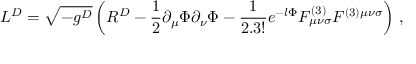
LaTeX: { \cal L } ^ { D } = \sqrt { - g ^ { D } } \left( R ^ { D } - \frac { 1 } { 2 } \partial _ { \mu } \Phi \partial _ { \nu } \Phi - { \frac { 1 } { 2 . 3 ! } } e ^ { - l \Phi } F _ { \mu \nu \sigma } ^ { ( 3 ) } F ^ { ( 3 ) \mu \nu \sigma } \right) \, ,